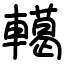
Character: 轕